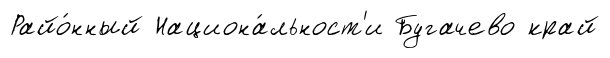
Райо́нный Национа́льност'и Бугачево край